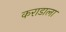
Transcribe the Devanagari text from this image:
कराडाला